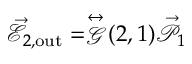
\vec { \mathcal { E } } _ { 2 , \mathrm { { o u t } } } = \stackrel { \leftrightarrow } { \mathcal { G } } ( 2 , 1 ) \vec { \mathcal { P } } _ { 1 }